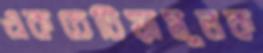
একচেটিয়ামূলক